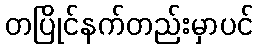
တပြိုင်နက်တည်းမှာပင်